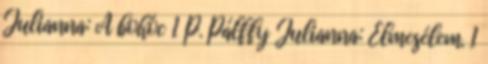
Julianna: A bohóc 1 P. Pálffy Julianna: Elmesélem. 1